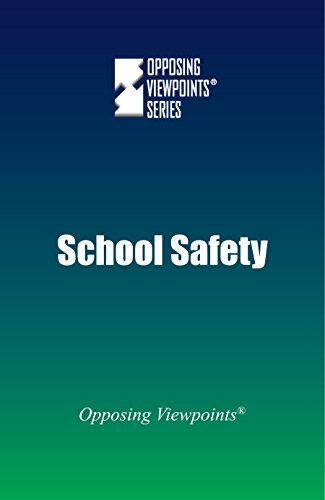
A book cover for School Safety (Opposing Viewpoints); Greenhaven Press; Teen & Young Adult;